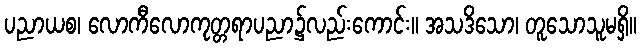
ပညာယစ၊ လောကီလောကုတ္တရာပညာ၌လည်းကောင်း။ အသဒိသော၊ တူသောသူမရှိ။